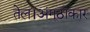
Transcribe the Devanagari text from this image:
तेल।अंगूठाकार